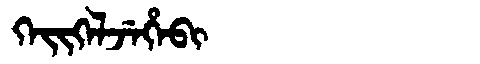
Manchu: ᡴᡝᡳᡴᡝᠯᠵᡝᡥᡝᠪᡳ
Romanization: KEIKELJEHEBI